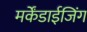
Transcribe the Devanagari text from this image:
मर्केंडाईजिंग